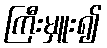
ကြီးမှူး၍